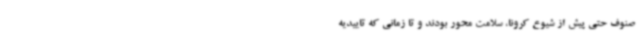
صنوف حتی پیش از شیوع کرونا، سلامت محور بودند و تا زمانی که تاییدیه